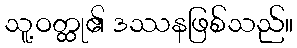
သူ့ဝတ္ထု၏ ဒဿနဖြစ်သည်။